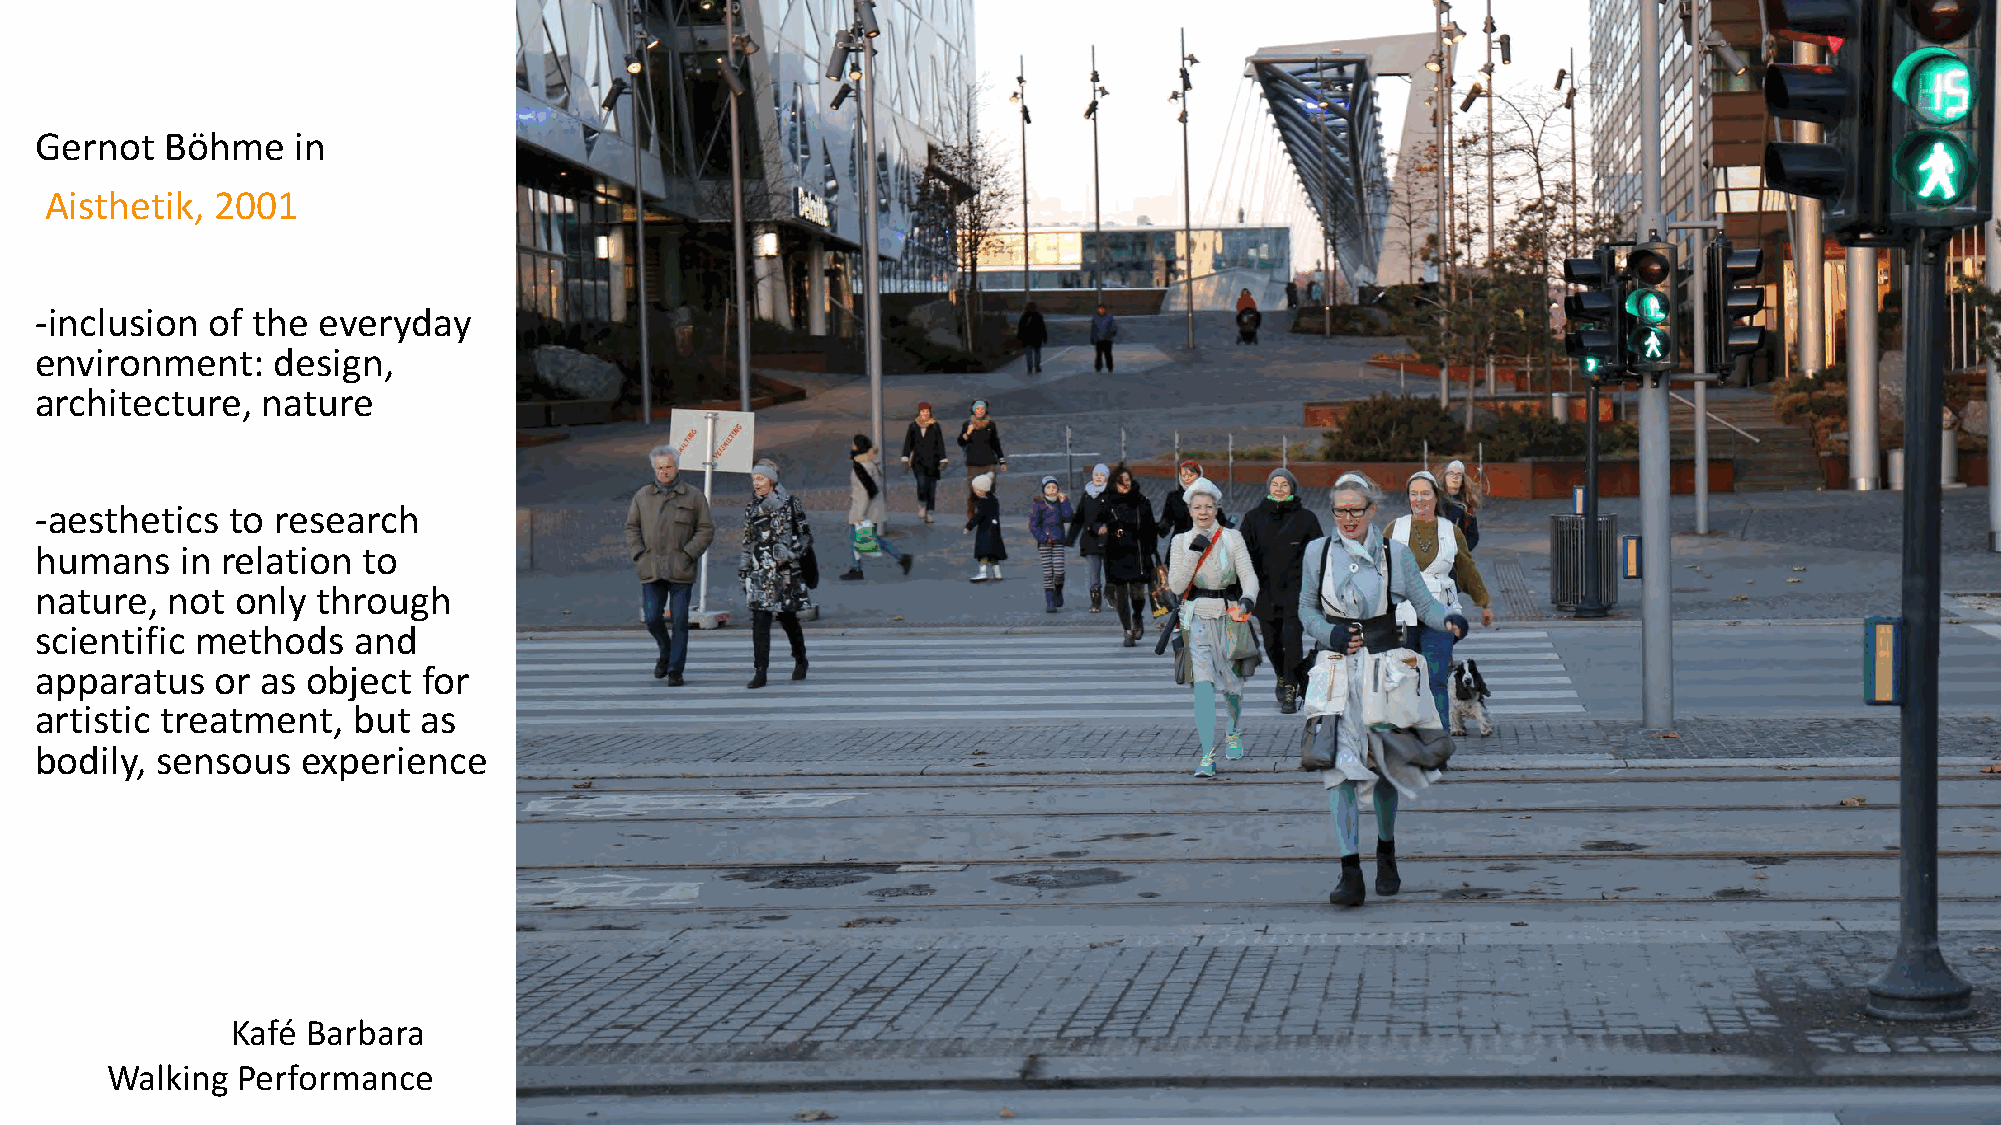
Gernot   Böhme   in
 Aisthetik, 2001
 -­‐inclusion of the everyday
 environment:    design,
 architecture,  nature
 -­‐aesthetics to research
 humans    in relation to
 nature,  not  only through
 scientific methods   and
 apparatus   or as object  for
 artistic treatment,  but  as
 bodily, sensous   experience
 Kafé Barbara
 Walking  Performance